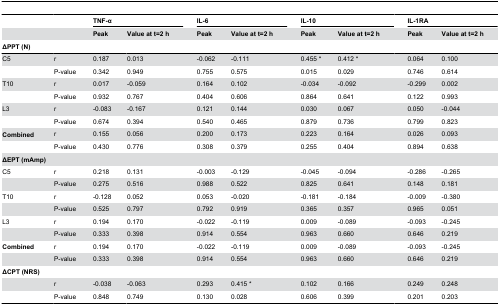
<table><thead><tr><td></td><td></td><td colspan="4"><b>TNF-α</b></td><td colspan="2"></td><td colspan="4"><b>IL-6</b></td><td></td><td colspan="4"><b>IL-10</b></td><td></td><td colspan="4"><b>IL-1RA</b></td></tr><tr><td></td><td></td><td><b>Peak</b></td><td colspan="3"><b>Value at t=2 h</b></td><td colspan="2"></td><td><b>Peak</b></td><td colspan="3"><b>Value at t=2 h</b></td><td></td><td colspan="2"><b>Peak</b></td><td colspan="2"><b>Value at t=2 h</b></td><td></td><td colspan="2"><b>Peak</b></td><td colspan="2"><b>Value at t=2 h</b></td></tr><tr><td colspan="2"><b>ΔPPT (N)</b></td><td colspan="2"></td><td></td><td colspan="2"></td><td colspan="3"></td><td></td><td colspan="3"></td><td></td><td></td><td colspan="3"></td><td colspan="2"></td></tr></thead><tbody><tr><td>C5</td><td>r</td><td>0.187</td><td colspan="3">0.013</td><td colspan="2"></td><td>-0.062</td><td colspan="3">-0.111</td><td></td><td colspan="2">0.455 *</td><td colspan="2">0.412 *</td><td></td><td colspan="2">0.064</td><td colspan="2">0.100</td></tr><tr><td></td><td>P-value</td><td>0.342</td><td colspan="3">0.949</td><td colspan="2"></td><td>0.755</td><td colspan="3">0.575</td><td></td><td colspan="2">0.015</td><td colspan="2">0.029</td><td></td><td colspan="2">0.746</td><td colspan="2">0.614</td></tr><tr><td>T10</td><td>r</td><td>0.017</td><td colspan="3">-0.059</td><td colspan="2"></td><td>0.164</td><td colspan="3">0.102</td><td></td><td colspan="2">-0.034</td><td colspan="2">-0.092</td><td></td><td colspan="2">-0.299</td><td colspan="2">0.002</td></tr><tr><td></td><td>P-value</td><td>0.932</td><td colspan="3">0.767</td><td colspan="2"></td><td>0.404</td><td colspan="3">0.606</td><td></td><td colspan="2">0.864</td><td colspan="2">0.641</td><td></td><td colspan="2">0.122</td><td colspan="2">0.993</td></tr><tr><td>L3</td><td>r</td><td>-0.083</td><td colspan="3">-0.167</td><td colspan="2"></td><td>0.121</td><td colspan="3">0.144</td><td></td><td colspan="2">0.030</td><td colspan="2">0.067</td><td></td><td colspan="2">0.050</td><td colspan="2">-0.044</td></tr><tr><td></td><td>P-value</td><td>0.674</td><td colspan="3">0.394</td><td colspan="2"></td><td>0.540</td><td colspan="3">0.465</td><td></td><td colspan="2">0.879</td><td colspan="2">0.736</td><td></td><td colspan="2">0.799</td><td colspan="2">0.823</td></tr><tr><td><b>Combined</b></td><td>r</td><td>0.155</td><td colspan="3">0.056</td><td colspan="2"></td><td>0.200</td><td colspan="3">0.173</td><td></td><td colspan="2">0.223</td><td colspan="2">0.164</td><td></td><td colspan="2">0.026</td><td colspan="2">0.093</td></tr><tr><td></td><td>P-value</td><td>0.430</td><td colspan="3">0.776</td><td colspan="2"></td><td>0.308</td><td colspan="3">0.379</td><td></td><td colspan="2">0.255</td><td colspan="2">0.404</td><td></td><td colspan="2">0.894</td><td colspan="2">0.638</td></tr><tr><td colspan="2"><b>ΔEPT (mAmp)</b></td><td></td><td colspan="3"></td><td colspan="2"></td><td></td><td colspan="3"></td><td></td><td colspan="2"></td><td colspan="2"></td><td></td><td colspan="2"></td><td colspan="2"></td></tr><tr><td>C5</td><td>r</td><td>0.218</td><td colspan="3">0.131</td><td colspan="2"></td><td>-0.003</td><td colspan="3">-0.129</td><td></td><td colspan="2">-0.045</td><td colspan="2">-0.094</td><td></td><td colspan="2">-0.286</td><td colspan="2">-0.265</td></tr><tr><td></td><td>P-value</td><td>0.275</td><td colspan="3">0.516</td><td colspan="2"></td><td>0.988</td><td colspan="3">0.522</td><td></td><td colspan="2">0.825</td><td colspan="2">0.641</td><td></td><td colspan="2">0.148</td><td colspan="2">0.181</td></tr><tr><td>T10</td><td>r</td><td>-0.128</td><td colspan="3">0.052</td><td colspan="2"></td><td>0.053</td><td colspan="3">-0.020</td><td></td><td colspan="2">-0.181</td><td colspan="2">-0.184</td><td></td><td colspan="2">-0.009</td><td colspan="2">-0.380</td></tr><tr><td></td><td>P-value</td><td>0.525</td><td colspan="3">0.797</td><td colspan="2"></td><td>0.792</td><td colspan="3">0.919</td><td></td><td colspan="2">0.365</td><td colspan="2">0.357</td><td></td><td colspan="2">0.965</td><td colspan="2">0.051</td></tr><tr><td>L3</td><td>r</td><td>0.194</td><td colspan="3">0.170</td><td colspan="2"></td><td>-0.022</td><td colspan="3">-0.119</td><td></td><td colspan="2">0.009</td><td colspan="2">-0.089</td><td></td><td colspan="2">-0.093</td><td colspan="2">-0.245</td></tr><tr><td></td><td>P-value</td><td>0.333</td><td colspan="3">0.398</td><td colspan="2"></td><td>0.914</td><td colspan="3">0.554</td><td></td><td colspan="2">0.963</td><td colspan="2">0.660</td><td></td><td colspan="2">0.646</td><td colspan="2">0.219</td></tr><tr><td><b>Combined</b></td><td>r</td><td>0.194</td><td colspan="3">0.170</td><td colspan="2"></td><td>-0.022</td><td colspan="3">-0.119</td><td></td><td colspan="2">0.009</td><td colspan="2">-0.089</td><td></td><td colspan="2">-0.093</td><td colspan="2">-0.245</td></tr><tr><td></td><td>P-value</td><td>0.333</td><td colspan="3">0.398</td><td colspan="2"></td><td>0.914</td><td colspan="3">0.554</td><td></td><td colspan="2">0.963</td><td colspan="2">0.660</td><td></td><td colspan="2">0.646</td><td colspan="2">0.219</td></tr><tr><td colspan="2"><b>ΔCPT (NRS)</b></td><td colspan="2"></td><td></td><td colspan="2"></td><td colspan="3"></td><td></td><td colspan="3"></td><td></td><td></td><td colspan="3"></td><td colspan="2"></td></tr><tr><td></td><td>r</td><td>-0.038</td><td colspan="3">-0.063</td><td colspan="2"></td><td>0.293</td><td colspan="3">0.415 *</td><td></td><td colspan="2">0.102</td><td colspan="2">0.166</td><td></td><td colspan="2">0.249</td><td colspan="2">0.248</td></tr><tr><td></td><td>P-value</td><td>0.848</td><td colspan="3">0.749</td><td colspan="2"></td><td>0.130</td><td colspan="3">0.028</td><td></td><td colspan="2">0.606</td><td colspan="2">0.399</td><td></td><td colspan="2">0.201</td><td colspan="2">0.203</td></tr></tbody></table>